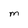
Character: m